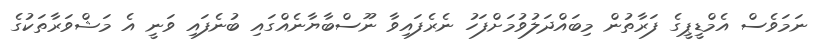
ނަމަވެސް އެމްޑީޕީގެ ފަރާތުން މިބައްދަލުވުމަށްފަހު ނެރެފައިވާ ނޫސްބާޔާނެއްގައި ބުނެފައި ވަނީ އެ މަޝްވަރާތަކުގެ